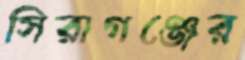
সিরাগঞ্জের